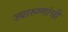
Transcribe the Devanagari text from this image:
ज्यारुग्णांची